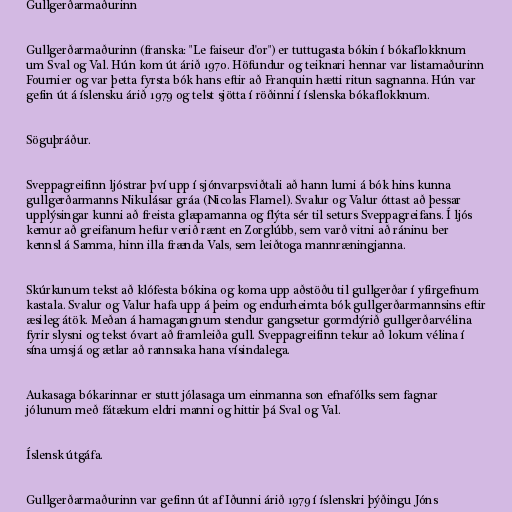
Gullgerðarmaðurinn

Gullgerðarmaðurinn (franska: "Le faiseur d'or") er tuttugasta bókin í bókaflokknum
um Sval og Val. Hún kom út árið 1970. Höfundur og teiknari hennar var listamaðurinn
Fournier og var þetta fyrsta bók hans eftir að Franquin hætti ritun sagnanna. Hún var
gefin út á íslensku árið 1979 og telst sjötta í röðinni í íslenska bókaflokknum.

Söguþráður.

Sveppagreifinn ljóstrar því upp í sjónvarpsviðtali að hann lumi á bók hins kunna
gullgerðarmanns Nikulásar gráa (Nicolas Flamel). Svalur og Valur óttast að þessar
upplýsingar kunni að freista glæpamanna og flýta sér til seturs Sveppagreifans. Í ljós
kemur að greifanum hefur verið rænt en Zorglúbb, sem varð vitni að ráninu ber
kennsl á Samma, hinn illa frænda Vals, sem leiðtoga mannræningjanna.

Skúrkunum tekst að klófesta bókina og koma upp aðstöðu til gullgerðar í yfirgefnum
kastala. Svalur og Valur hafa upp á þeim og endurheimta bók gullgerðarmannsins eftir
æsileg átök. Meðan á hamagangnum stendur gangsetur gormdýrið gullgerðarvélina
fyrir slysni og tekst óvart að framleiða gull. Sveppagreifinn tekur að lokum vélina í
sína umsjá og ætlar að rannsaka hana vísindalega.

Aukasaga bókarinnar er stutt jólasaga um einmanna son efnafólks sem fagnar
jólunum með fátækum eldri manni og hittir þá Sval og Val.

Íslensk útgáfa.

Gullgerðarmaðurinn var gefinn út af Iðunni árið 1979 í íslenskri þýðingu Jóns